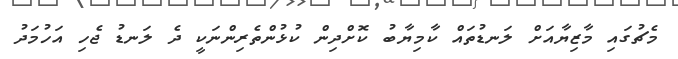
މެޗުގައި މާޒިޔާއަށް ލަނޑުތައް ކާމިޔާބު ކޮށްދިން ކުޅުންތެރިންނަކީ ދެ ލަނޑު ޖެހި އަހުމަދު